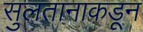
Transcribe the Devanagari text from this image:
सुलतानाकडून